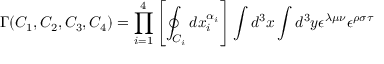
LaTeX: \Gamma ( C _ { 1 } , C _ { 2 } , C _ { 3 } , C _ { 4 } ) = \prod _ { i = 1 } ^ { 4 } \left[ \oint _ { C _ { i } } d x _ { i } ^ { \alpha _ { i } } \right] \int d ^ { 3 } x \int d ^ { 3 } y \epsilon ^ { \lambda \mu \nu } \epsilon ^ { \rho \sigma \tau }